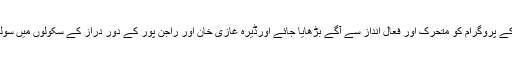
وزیراعلیٰ نے ہدایت کی کہ تعلیمی اصلاحات کے پروگرام کو متحرک اور فعال انداز سے آگے بڑھایا جائے اورڈیرہ غازی خان اور راجن پور کے دور دراز کے سکولوں میں سولر پینل لگانے کیلئے فوری اقدامات کئے جائیں۔